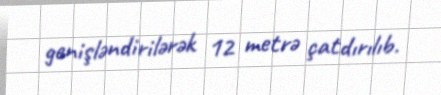
genişləndirilərək 12 metrə çatdırılıb.